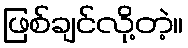
ဖြစ်ချင်လို့တဲ့။